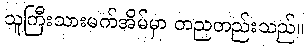
သူကြီးသားမက်အိမ်မှာ တညတည်းသည်။